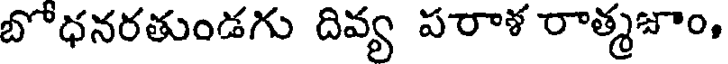
బోధనరతుండగు దివ్య పరాళ రాత్మజాం,